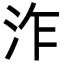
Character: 泎